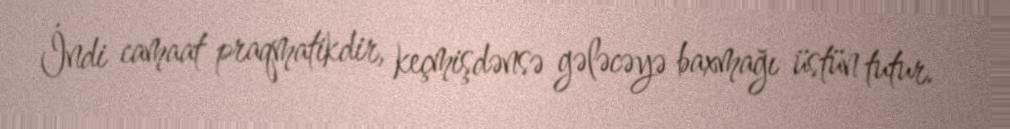
İndi camaat praqmatikdir, keçmişdənsə gələcəyə baxmağı üstün tutur.